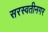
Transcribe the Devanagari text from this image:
सरस्वतीनगर